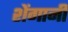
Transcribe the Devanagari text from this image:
शेंगानी